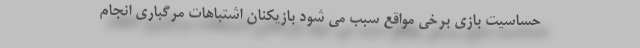
حساسیت بازی برخی مواقع سبب می شود بازیکنان اشتباهات مرگباری انجام